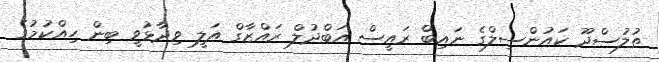
ތުލުސްދޫ ކައުންސިލްގެ ނައިބް ރައީސް އަބްދުލް ރައްޒާގް އަލީ ވިދާޅުވީ ބިން ހިއްކުމުގެ